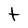
Character: t